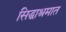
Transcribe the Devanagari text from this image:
सिद्धाश्रमात